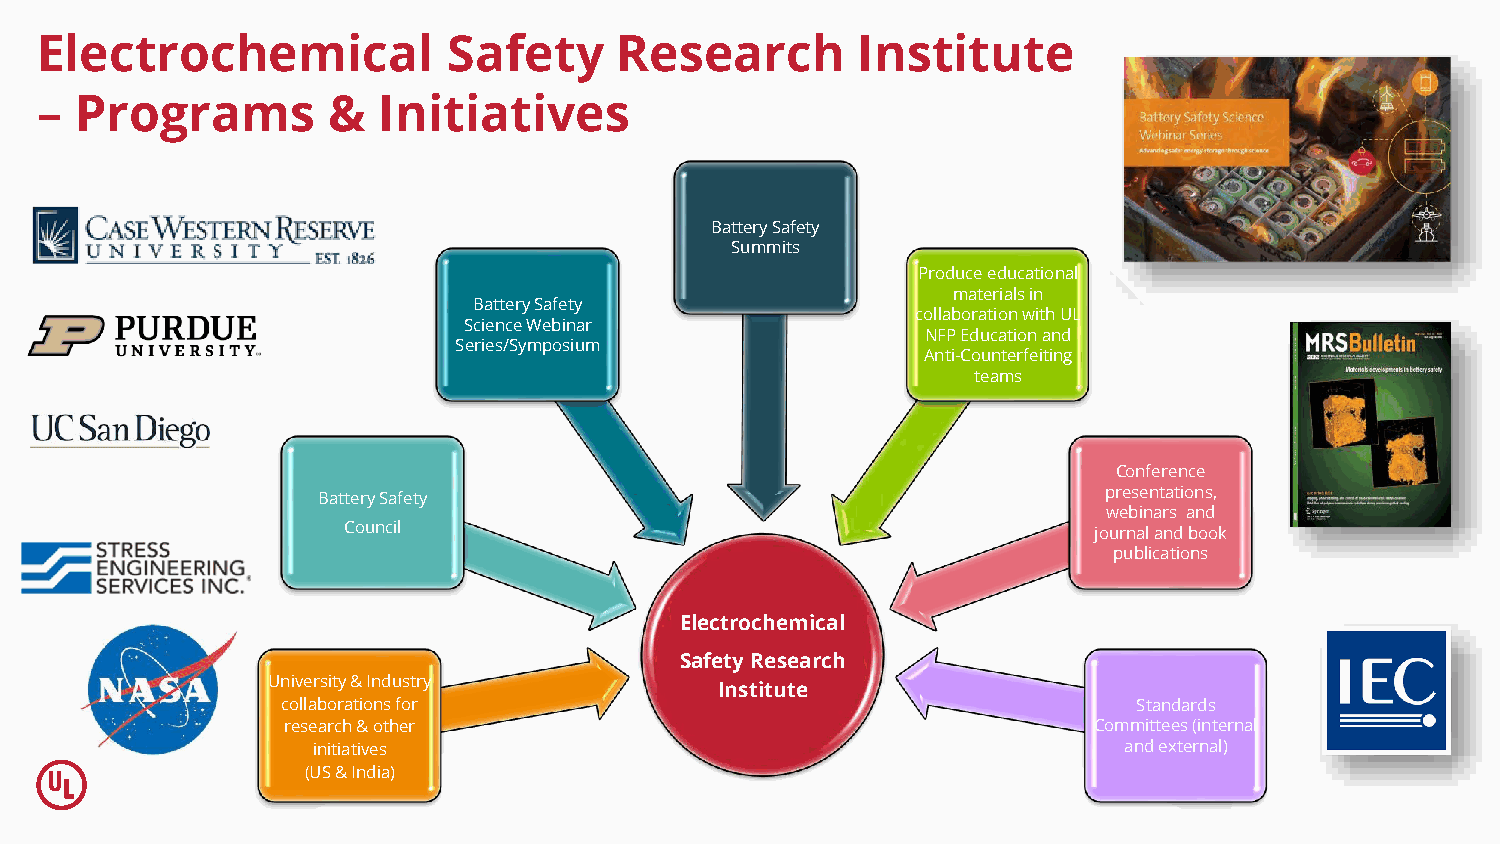
Electrochemical             Safety     Research        Institute
 –  Programs         &  Initiatives
 Battery Safety
 Summits
 Produce educational
 materials in
 Battery Safety
 collaboration with UL
 Science Webinar
 NFP Education and
 Series/Symposium
 Anti-Counterfeiting
 teams
 Conference
 Battery Safety                                      presentations,
 webinars and
 Council                                          journal and book
 publications
 Electrochemical
 Safety Research
 University & Industry
 Institute
 collaborations for                                      Standards
 research & other                                     Committees (internal
 initiatives                                          and external)
 (US & India)